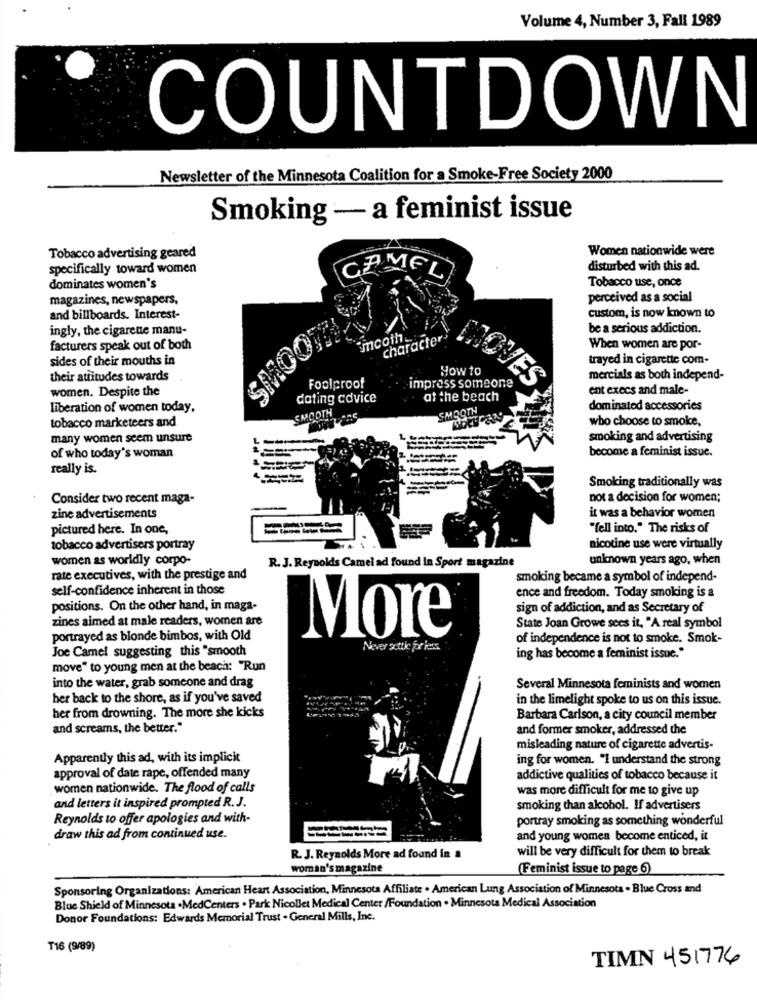
Volume 4, Number 3, Fall 1989
COUNTDOWN
Newsletter of the Minnesota Coalition for a Smoke-Free Society 2000
Smoking - a feminist issue
Women nationwide were
Tobacco advertising geared
specifically toward women
CAMEL
disturbed with this ad.
dominates women's
Tobacco use, once
magazines, newspapers,
perceived as a social
custom, is now known to
and billboards. Interest-
ingly, the cigarette manu-
SMOOTH
be a serious addiction.
imcoth
character
facturers speak out of both
When women are por-
sides of their mouths in
trayed in cigarette com-
How to
their attitudes towards
mercials as both independ-
women, Despite the
Foolproof
impress someone
ent execs and male-
dating cdvice
at the beach
liberation of women today.
SMOOTH
dominated accessories
tobacco marketeers and
SMOOTH
who choose to smoke,
many women seem unsure
smoking and advertising
become a feminist issue.
of who today's woman
really is.
Smoking traditionally was
Consider two recent maga-
not a decision for women;
zine advertisements
it was a behavior women
pictured here. In one,
"fell into." The risks of
tobacco advertisers portray
nicotine use were virtually
women as worldly corpo-
unknown years ago, when
R. J. Reynolds Camel ad found In Sport magazine
rate executives, with the prestige and
smoking became a symbol of independ-
self-confidence inherent in those
ence and freedom. Today smoking is &
positions. On the other hand, in maga-
sign of addiction, and as Secretary of
zines aimed at male readers, women are
State Joan Growe sees it, "A real symbol
portrayed as blonde bimbos, with Old
More
of independence is not to smoke. Smok-
Joe Camel suggesting this "smooth
Never atte farless
ing has become a feminist issue."
move" to young men at the beach: "Run
into the water, grab someone and drag
Several Minnesota feminists and women
her back to the shore, as if you've saved
in the limelight spoke to us on this issue.
her from drowning. The more she kicks
Barbara Carlson, a city council member
and screams, the better."
and former smoker, addressed the
misleading nature of cigarette advertis-
Apparently this ad, with its implicit
ing for women. "I understand the strong
approval of date rape, offended many
addictive qualities of tobacco because it
women nationwide. The flood of calls
was more difficult for me to give up
and letters it inspired prompted R.J.
smoking than alcohol. If advertisers
Reynolds to offer apologies and with-
portray smoking as something wonderful
draw this ad from continued use.
and young women become enticed, it
will be very difficult for them to break
R. J. Reynolds More ad found in a
woman's magazine
(Feminist issue to page 6)
Sponsoring Organizations: American Heart Association, Minnesota Affiliate . American Lung Association of Minnesota . Blue Cross and
Blue Shield of Minnesota .MedCenters . Park Nicollet Medical Center /Foundation . Minnesota Medical Association
Donor Foundations: Edwards Memorial Trust - General Mills, Inc.
T16 (9/89)
TIMN 451776